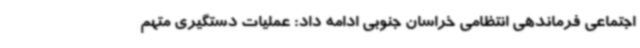
اجتماعی فرماندهی انتظامی خراسان جنوبی ادامه داد: عملیات دستگیری متهم